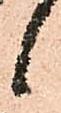
候